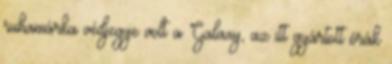
ruhamárka védjegye volt a Galaxy, az itt gyártott órák